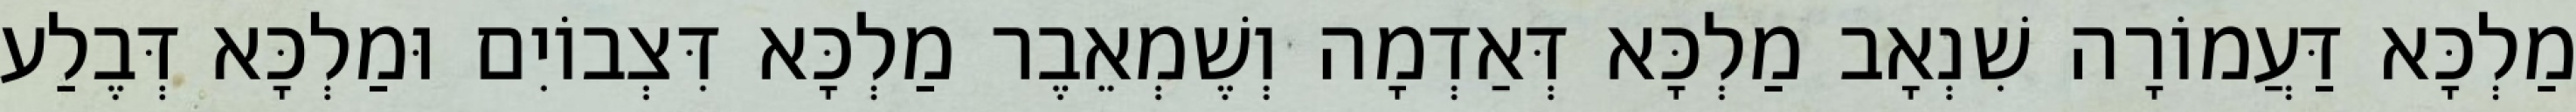
מַלְכָּא דַּעֲמוֹרָה שִׁנְאָב מַלְכָּא דְּאַדְמָה וְשֶׁמְאֵבֶר מַלְכָּא דִּצְבוֹיִם וּמַלְכָּא דְּבֶלַע